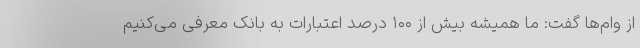
از وام‌ها گفت: ما همیشه بیش از ۱۰۰ درصد اعتبارات به بانک معرفی می‌کنیم